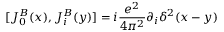
[ J _ { 0 } ^ { B } ( x ) , J _ { i } ^ { B } ( y ) ] = i { \frac { e ^ { 2 } } { 4 \pi ^ { 2 } } } \partial _ { i } \delta ^ { 2 } ( x - y )